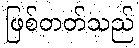
ဖြစ်တတ်သည်